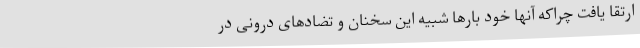
ارتقا یافت چراکه آنها خود بارها شبیه این سخنان و تضادهای درونی در